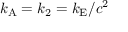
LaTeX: k _ { \mathrm { { A } } } = k _ { 2 } = k _ { \mathrm { { E } } } / c ^ { 2 }